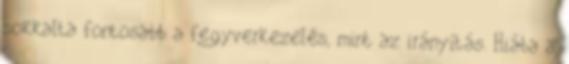
sokkalta fontosabb a fegyverkezelés, mint az irányítás. Hiába a